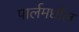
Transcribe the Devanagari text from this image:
पार्लमधील